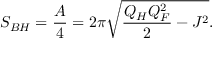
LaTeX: S _ { B H } = { \frac { A } { 4 } } = 2 \pi \sqrt { { \frac { Q _ { H } Q _ { F } ^ { 2 } } { 2 } } - J ^ { 2 } } .